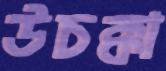
উচক্কা